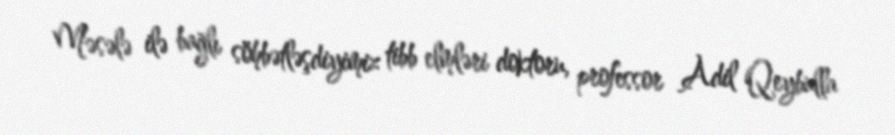
Məsələ ilə bağlı söhbətləşdiyimiz tibb elmləri doktoru, professor Adil Qeybulla